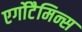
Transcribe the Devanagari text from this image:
एर्गोटैमिन्स